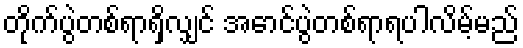
တိုက်ပွဲတစ်ရာရှိလျှင် အောင်ပွဲတစ်ရာရပါလိမ့်မည်